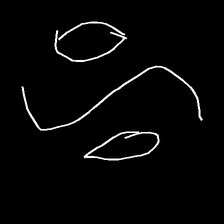
Glyph: water